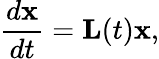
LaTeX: \frac{d\mathbf{x}}{dt}=\mathbf{L}(t)\mathbf{x},